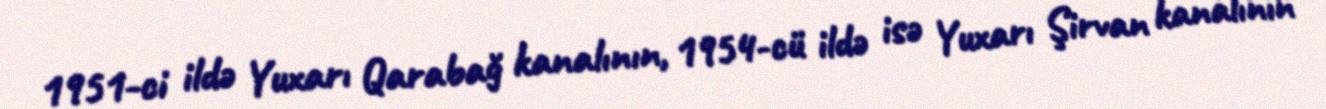
1951-ci ildə Yuxarı Qarabağ kanalının, 1954-cü ildə isə Yuxarı Şirvan kanalının